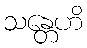
သန္တေဟိ